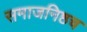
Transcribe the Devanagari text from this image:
समाजनिष्ठच